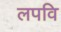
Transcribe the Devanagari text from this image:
लपवि